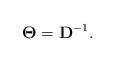
LaTeX: \begin{align*}\mathbf{\Theta} = \mathbf{D}^{-1}.\end{align*}